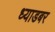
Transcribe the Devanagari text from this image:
ध्याडबर